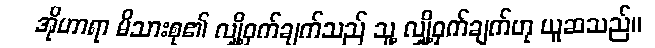
အိုဟာရာ မိသားစု၏ လျှို့ဝှက်ချက်သည် သူ့ လျှို့ဝှက်ချက်ဟု ယူဆသည်။